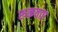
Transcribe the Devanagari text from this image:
रुकवाए